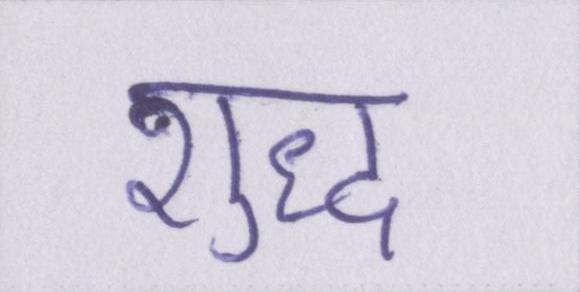
शुध्द